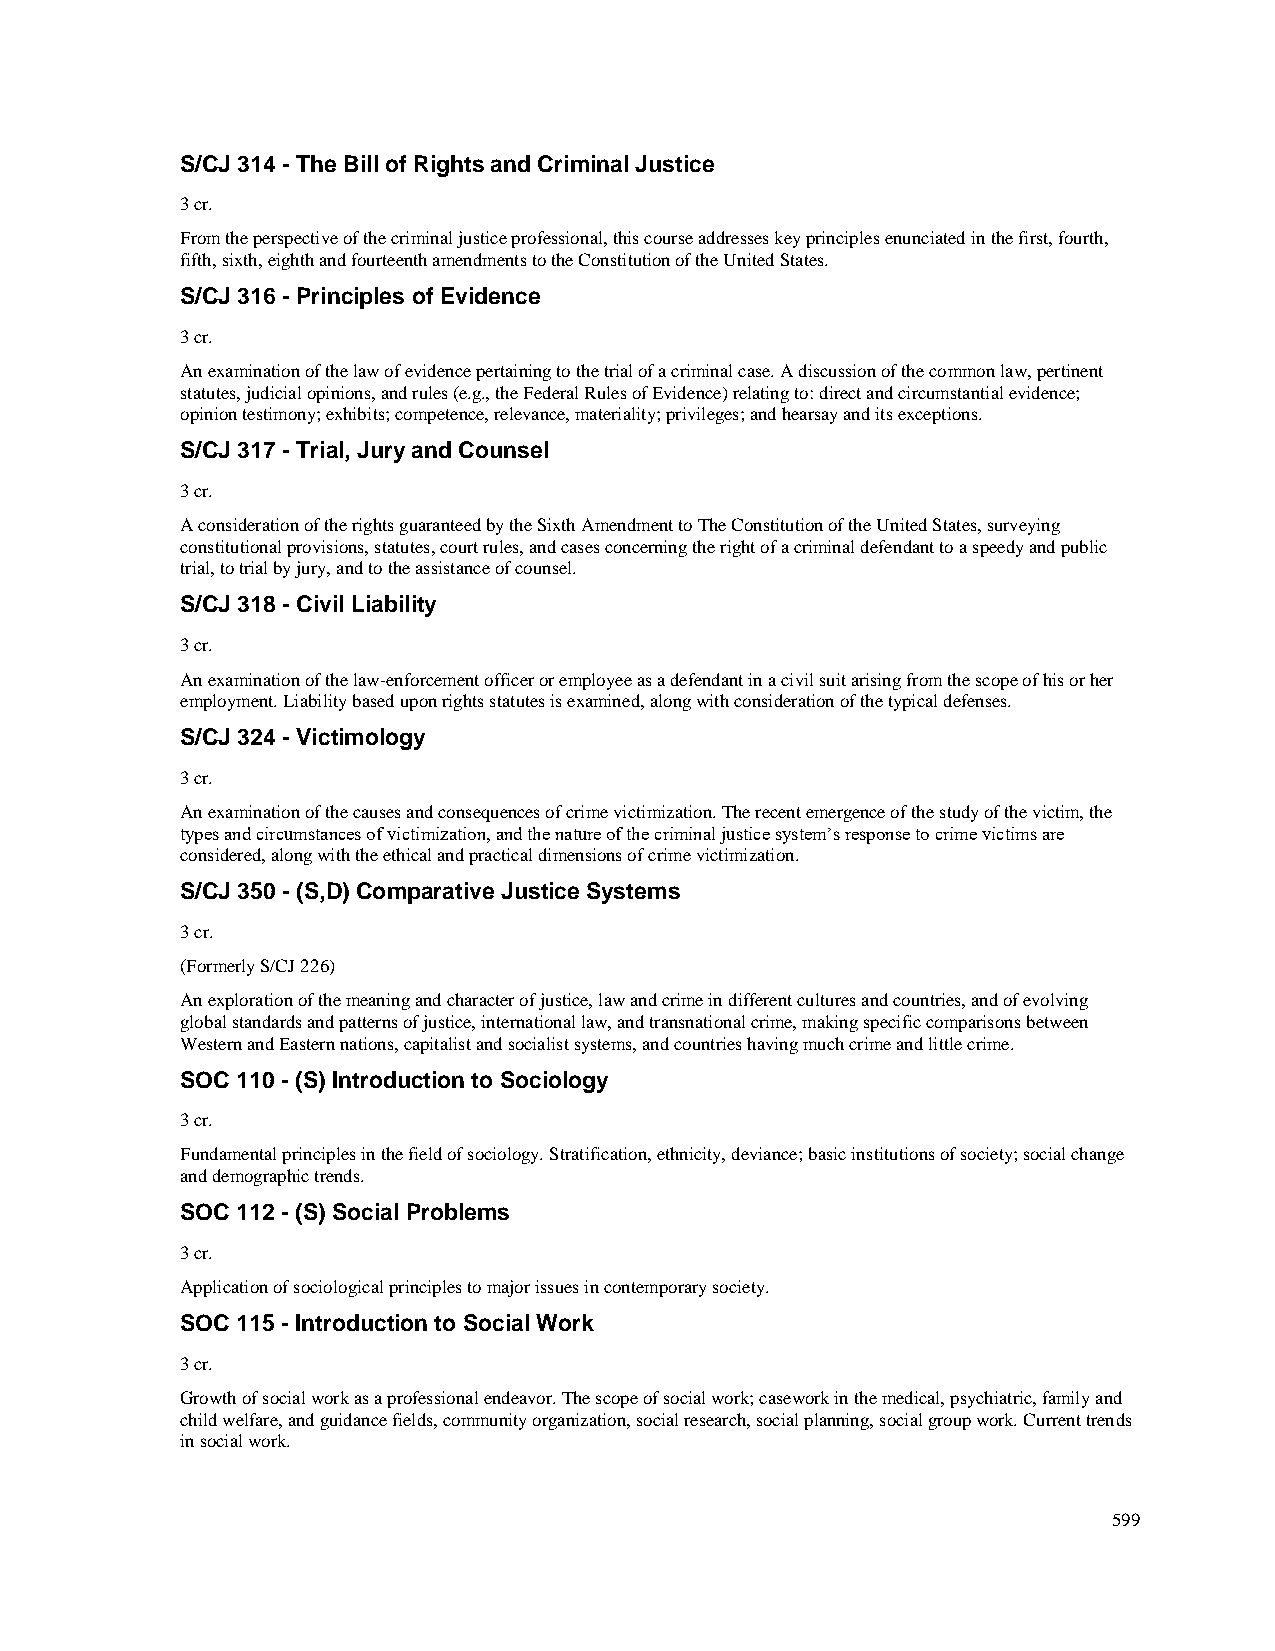
S/CJ 314 - The Bill of Rights and Criminal Justice
 3 cr.
 From the perspective of the criminal justice professional, this course addresses key principles enunciated in the first, fourth,
 fifth, sixth, eighth and fourteenth amendments to the Constitution of the United States.
 S/CJ 316 - Principles of Evidence
 3 cr.
 An examination of the law of evidence pertaining to the trial of a criminal case. A discussion of the common law, pertinent
 statutes, judicial opinions, and rules (e.g., the Federal Rules of Evidence) relating to: direct and circumstantial evidence;
 opinion testimony; exhibits; competence, relevance, materiality; privileges; and hearsay and its exceptions.
 S/CJ 317 - Trial, Jury and Counsel
 3 cr.
 A consideration of the rights guaranteed by the Sixth Amendment to The Constitution of the United States, surveying
 constitutional provisions, statutes, court rules, and cases concerning the right of a criminal defendant to a speedy and public
 trial, to trial by jury, and to the assistance of counsel.
 S/CJ 318 - Civil Liability
 3 cr.
 An examination of the law-enforcement officer or employee as a defendant in a civil suit arising from the scope of his or her
 employment. Liability based upon rights statutes is examined, along with consideration of the typical defenses.
 S/CJ 324 - Victimology
 3 cr.
 An examination of the causes and consequences of crime victimization. The recent emergence of the study of the victim, the
 types and circumstances of victimization, and the nature of the criminal justice system’s response to crime victims are
 considered, along with the ethical and practical dimensions of crime victimization.
 S/CJ 350 - (S,D) Comparative Justice Systems
 3 cr.
 (Formerly S/CJ 226)
 An exploration of the meaning and character of justice, law and crime in different cultures and countries, and of evolving
 global standards and patterns of justice, international law, and transnational crime, making specific comparisons between
 Western and Eastern nations, capitalist and socialist systems, and countries having much crime and little crime.
 SOC 110 - (S) Introduction to Sociology
 3 cr.
 Fundamental principles in the field of sociology. Stratification, ethnicity, deviance; basic institutions of society; social change
 and demographic trends.
 SOC 112 - (S) Social Problems
 3 cr.
 Application of sociological principles to major issues in contemporary society.
 SOC 115 - Introduction to Social Work
 3 cr.
 Growth of social work as a professional endeavor. The scope of social work; casework in the medical, psychiatric, family and
 child welfare, and guidance fields, community organization, social research, social planning, social group work. Current trends
 in social work.
 599